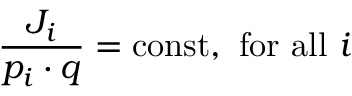
\frac { J _ { i } } { p _ { i } \cdot q } = \mathrm { c o n s t , ~ f o r ~ a l l } ~ i